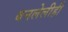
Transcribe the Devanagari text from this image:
बनलेलीही